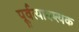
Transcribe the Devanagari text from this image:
पूर्वत्यावश्यक